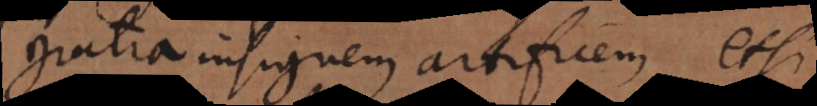
gratia insignem artificem, etsi